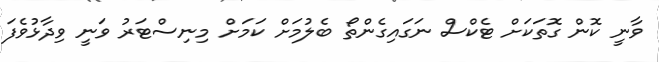
ވާނީ ކޮން ގޮތަކަށް ޓެކްސް ނަގައިގެންތޯ ބެލުމަށް ކަމަށް މިނިސްޓަރު ވަނީ ވިދާޅުވެފަ